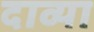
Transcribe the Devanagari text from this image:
दाव्या